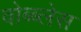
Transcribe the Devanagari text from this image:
वोब्ब्लेस